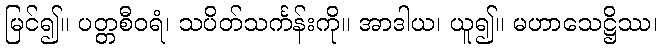
မြင်၍။ ပတ္တစီဝရံ၊ သပိတ်သင်္ကန်းကို။ အာဒါယ၊ ယူ၍။ မဟာသေဋ္ဌိဿ၊